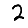
Digit: 2